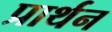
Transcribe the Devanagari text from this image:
प्रार्थन